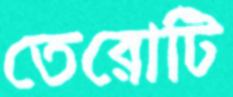
তেরোটি